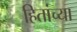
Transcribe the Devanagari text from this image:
हितांच्या